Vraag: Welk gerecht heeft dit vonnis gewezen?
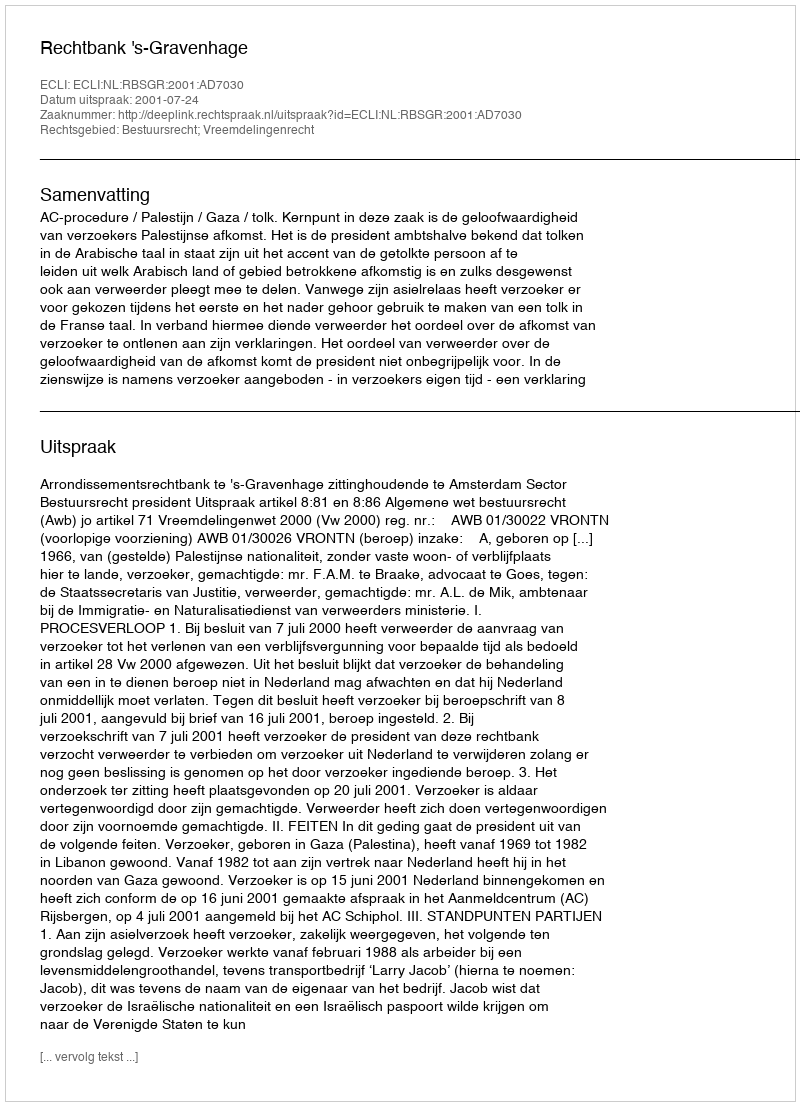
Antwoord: Rechtbank 's-Gravenhage